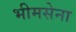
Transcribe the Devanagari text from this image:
भीमसेना